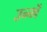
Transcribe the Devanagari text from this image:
उन्भें